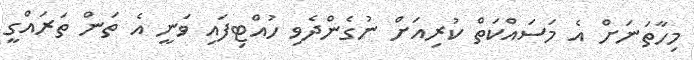
މިހާތަނަށް އެ މަސައްކަތް ކުރިއަށް ނުގެންދެވި ހުއްޓިފައި ވަނީ އެ ތަން ތަރައްގީ